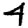
Digit: 4